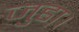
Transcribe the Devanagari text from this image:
जुडा़।